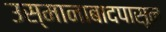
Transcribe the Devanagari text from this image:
उस्मानाबादपासून